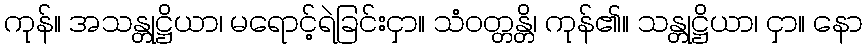
ကုန်။ အသန္တုဋ္ဌိယာ၊ မရောင့်ရဲခြင်းငှာ။ သံဝတ္တန္တိ၊ ကုန်၏။ သန္တုဋ္ဌိယာ၊ ငှာ။ နော